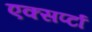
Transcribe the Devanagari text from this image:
एक्सर्प्टा